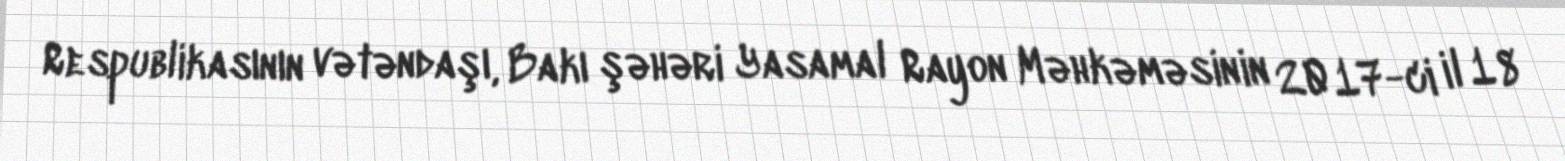
Respublikasının vətəndaşı, Bakı şəhəri Yasamal Rayon Məhkəməsinin 2017-ci il 18